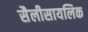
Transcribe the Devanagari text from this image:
सैलीसायलिक